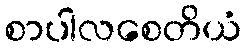
စာပါလစေတိယံ